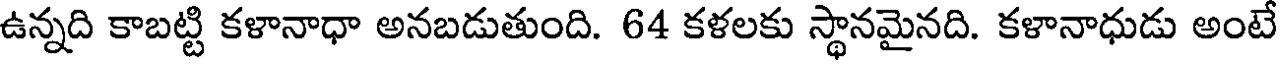
ఉన్నది కాబట్టి కళానాధా అనబడుతుంది. 64 కళలకు స్థానమైనది. కళానాధుడు అంటే